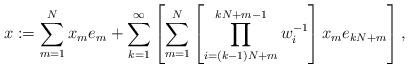
LaTeX: \begin{align*}x:=\sum_{m=1}^Nx_me_m+ \sum_{k=1}^{\infty}\left[\sum_{m=1}^N\left[\prod_{i=(k-1)N+m}^{kN+m-1}w_i^{-1}\right]x_me_{kN+m}\right],\end{align*}